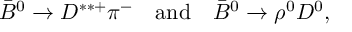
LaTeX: \bar { B } ^ { 0 } \to D ^ { \ast \ast + } \pi ^ { - } \quad \mathrm { a n d } \quad \bar { B } ^ { 0 } \to \rho ^ { 0 } D ^ { 0 } ,